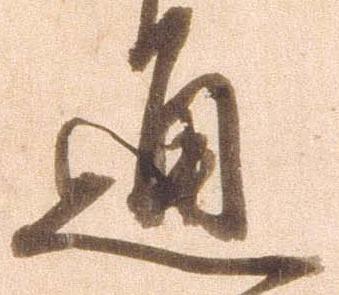
通